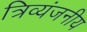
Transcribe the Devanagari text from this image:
त्रिव्यंजनीय